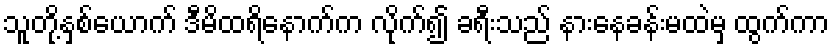
သူတို့နှစ်ယောက် ဒီမိထရိနောက်က လိုက်၍ ခရီးသည် နားနေခန်းမထဲမှ ထွက်ကာ